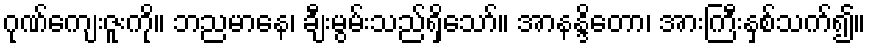
ဂုဏ်ကျေးဇူးကို။ ဘညမာနေ၊ ချီးမွမ်းသည်ရှိသော်။ အာနန္ဒိတော၊ အားကြီးနှစ်သက်၍။